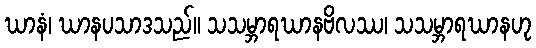
ဃာနံ၊ ဃာနပသာဒသည်။ သသမ္ဘာရဃာနဗိလဿ၊ သသမ္ဘာရဃာနဟု